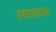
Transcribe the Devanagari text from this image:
रचावयास